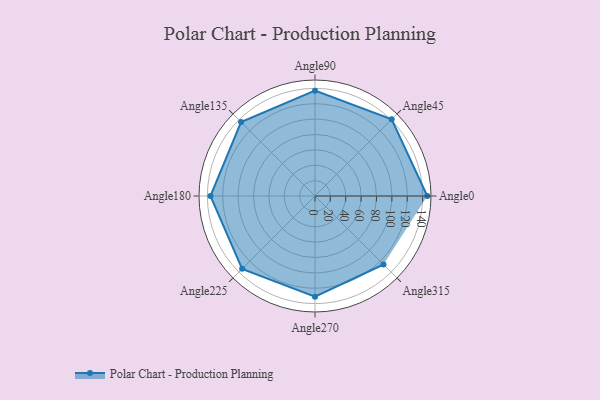
{"axis": {"x": "Angle", "y": "Radius"}, "legend": [""], "data": [{"x": "Angle0", "y": 146.0, "type": ""}, {"x": "Angle45", "y": 141.0, "type": ""}, {"x": "Angle90", "y": 137.0, "type": ""}, {"x": "Angle135", "y": 136.0, "type": ""}, {"x": "Angle180", "y": 136.0, "type": ""}, {"x": "Angle225", "y": 134.0, "type": ""}, {"x": "Angle270", "y": 131.0, "type": ""}, {"x": "Angle315", "y": 126.0, "type": ""}]}